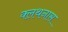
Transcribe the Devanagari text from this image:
क्लथनास